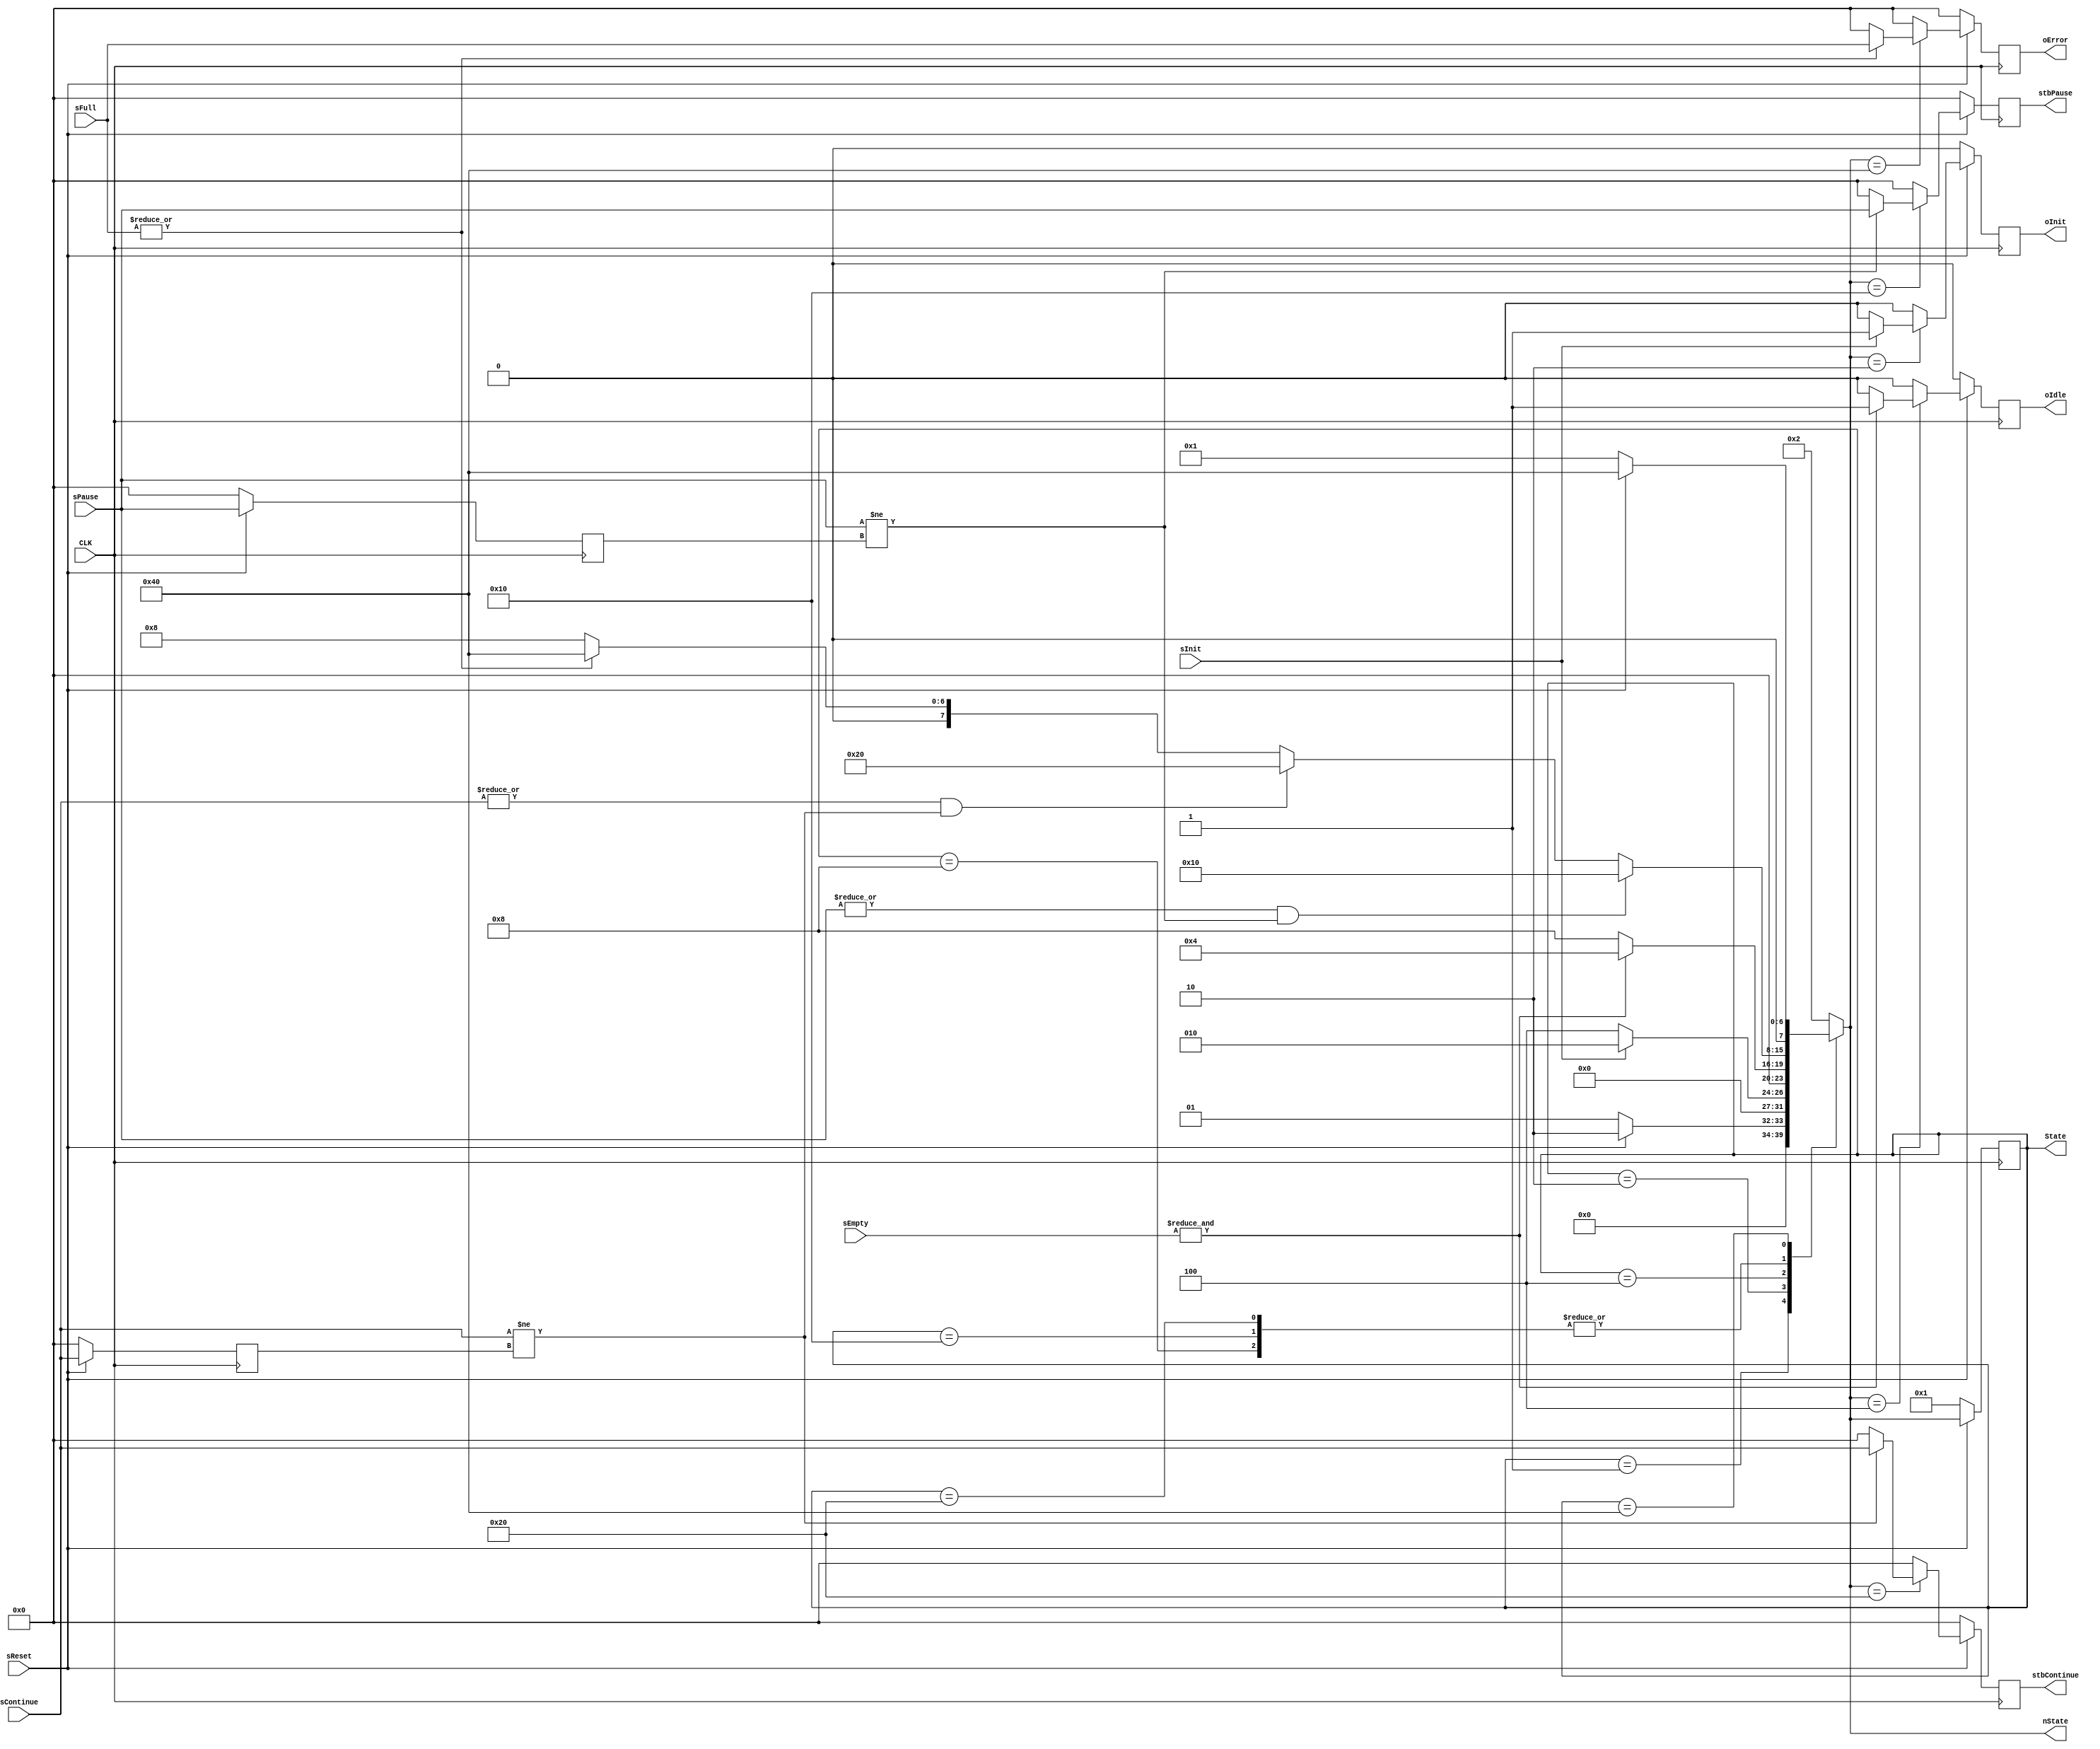
module fsm_cond (
  // Entradas de la mquina de estados
  input wire CLK,
  input wire sReset,
  input wire sInit,
  input wire [3:0] sEmpty,
  input wire [3:0] sFull,
  input wire [3:0] sPause,
  input wire [3:0] sContinue,

  // Salidas de la mquinas de estados
  output reg oInit,
  output reg oIdle,
  output reg [3:0] oError,
  output reg [3:0] stbPause,
  output reg [3:0] stbContinue,

  output reg [7:0] State, nState
  );

  // Variables auxiliares de la maquina de estados
  reg [3:0] pausa, continuar;
  reg [7:0] state, nextState;

  // Declaracin de los estados
  parameter [7:0] steReset = 8'd1,
                  steInit = 8'd2,
                  steIdle = 8'd4,
                  steActive = 8'd8,
                  stePause = 8'd16,
                  steContinue = 8'd32,
                  steError = 8'd64;

  // Lgica combinacional
  always @ ( * ) begin
    case (state)
        steReset:
        begin
          if (!sReset) begin
            nextState = steReset;
          end else begin
            nextState = steInit;
          end
        end
      steInit:
        begin
          if (sInit) begin
            nextState = steInit;
          end else begin
            nextState = steIdle;
          end
        end

      steIdle:
        begin
          if (&(sEmpty)) begin
            nextState = steIdle;
          end else begin
            nextState = steActive;
          end
        end

      steActive:
        begin
          if(|sPause && sPause != pausa) begin
            nextState = stePause;
          end else if (|sPause && sPause != pausa) begin
            nextState = stePause;
          end else if (|sContinue && sContinue != continuar) begin
            nextState = steContinue;
          end else if (|(sFull)) begin
            nextState = steError;
          end else begin
            nextState = steActive;
          end
        end

      stePause:
        begin
          if (|sPause && sPause != pausa) begin
            nextState = stePause;
          end else if (|sContinue && sContinue != continuar) begin
            nextState = steContinue;
          end else if (|(sFull)) begin
            nextState = steError;
          end else begin
            nextState = steActive;
          end
        end

      steContinue:
      begin
        if (|sPause && sPause != pausa) begin
          nextState = stePause;
        end else if (|sContinue && sContinue != continuar) begin
          nextState = steContinue;
        end else if (|(sFull)) begin
          nextState = steError;
        end else begin
          nextState = steActive;
        end
      end

      steError:
        begin
          if (!sReset) begin
            nextState = steReset;
          end else begin
            nextState = steError;
          end
        end

      default:
        begin
          nextState = steInit;
        end
    endcase
  end



// Lgica para el reset
  always @ ( posedge CLK ) begin
    if (!sReset) begin
      state <= 8'd1;
    end
    else begin
      state <= nextState;
    end
  end

// Lgica de Salidas
  always @ ( posedge CLK ) begin
    if (!sReset) begin
      oInit <= 0;
      oIdle <= 0;
      oError <= 4'd0;
      stbContinue <= 4'd0;
      stbPause <= 4'd0;
      pausa <= 4'd0;
      continuar <=4'd0;
    end else begin
      oInit <= 0;
      oIdle <= 0;
      oError <= 4'd0;
      stbContinue <= 4'd0;
      stbPause <= 4'd0;
      pausa <= sPause;
      continuar <= sContinue;

      case (nextState)
        steInit:
          begin
            oIdle <= 0;
            oError <= 4'd0;
            stbContinue <= 4'd0;
            stbPause <= 4'd0;
            pausa <= sPause;
            continuar <= sContinue;
            if (sInit) begin
              oInit <= 1;
            end else begin
              oInit <= 0;
            end
          end
        steIdle:
          begin
            oInit <= 0;
            oError <= 4'd0;
            stbContinue <= 4'd0;
            stbPause <= 4'd0;
            pausa <= sPause;
            continuar <= sContinue;
            if (&(sEmpty)) begin
              oIdle <= 1;
            end else begin
              oIdle <= 0;
            end
          end
        stePause:
          begin
            oInit <= 0;
            oIdle <= 0;
            oError <= 4'd0;
            stbContinue <= 4'd0;
            if (sPause != pausa) begin
              stbPause <= sPause;
            end else begin
              stbPause <= 4'd0;
            end
            pausa <= sPause;
            continuar <= sContinue;
          end

        steContinue:
          begin
            oInit <= 0;
            oIdle <= 0;
            oError <= 4'd0;
            stbPause <= 4'd0;
            if (sContinue != continuar) begin
              stbContinue <= sContinue;
            end else begin
              stbContinue <= 4'd0;
            end
            pausa <= sPause;
            continuar <= sContinue;
          end

          steError:
          begin
            oInit <= 0;
            oIdle <= 0;
            oError <= 4'd0;
            stbPause <= 4'd0;
            stbContinue <= 4'd0;
            pausa <= sPause;
            continuar <= sContinue;
            if (|sFull) begin
              oError <= sFull;
            end else begin
              oError <=  4'd0;
            end
          end
        default:
          begin
            oInit <= 0;
            oIdle <= 0;
            oError <= 4'd0;
            stbPause <= 4'd0;
            stbContinue <= 4'd0;
            pausa <= sPause;
            continuar <= sContinue;
          end
      endcase
    end
  end

  always @ ( * ) begin
    State = state;
    nState = nextState;
  end

endmodule